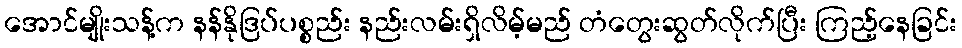
အောင်မျိုးသန့်က နန်နိုဒြပ်ပစ္စည်း နည်းလမ်းရှိလိမ့်မည် တံတွေးဆွတ်လိုက်ပြီး ကြည့်နေခြင်း